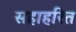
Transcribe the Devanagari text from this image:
सहाहरित